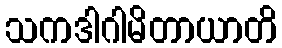
သကဒါဂါမိတာယာတိ